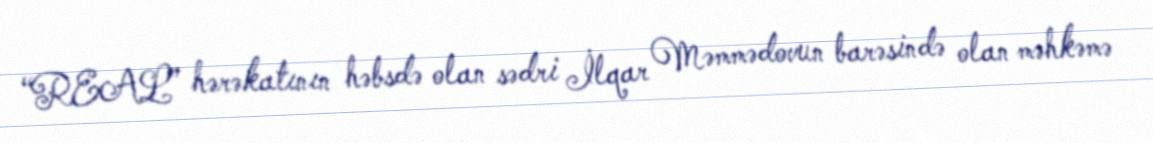
“REAL” hərəkatının həbsdə olan sədri İlqar Məmmədovun barəsində olan məhkəmə